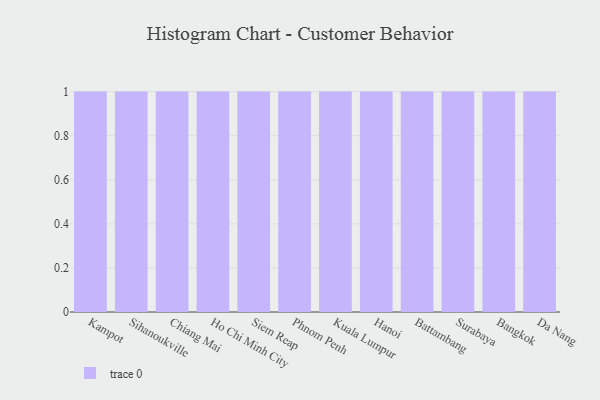
{"axis": {"x": "City", "y": "Churn Rate (%)"}, "legend": [""], "data": [{"x": "Kampot", "y": 29, "type": ""}, {"x": "Sihanoukville", "y": 7, "type": ""}, {"x": "Chiang Mai", "y": 42, "type": ""}, {"x": "Ho Chi Minh City", "y": 24, "type": ""}, {"x": "Siem Reap", "y": 6, "type": ""}, {"x": "Phnom Penh", "y": 79, "type": ""}, {"x": "Kuala Lumpur", "y": 15, "type": ""}, {"x": "Hanoi", "y": 36, "type": ""}, {"x": "Battambang", "y": 11, "type": ""}, {"x": "Surabaya", "y": 67, "type": ""}, {"x": "Bangkok", "y": 71, "type": ""}, {"x": "Da Nang", "y": 65, "type": ""}]}